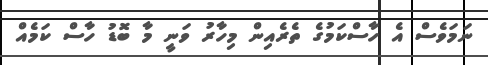
ނަމަވެސް އެ ހާސްކަމުގެ ތެރެއިން މިހާރު ވަނީ މާ ބޮޑު ހާސް ކަމެއް